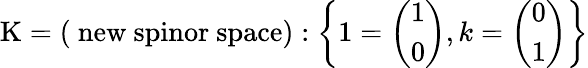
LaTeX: \mathrm{K=(~new~spinor~space)}:\left\{ 1=\left(\begin{array}{l}{{1}}\\ {{0}}\end{array}\right),k=\left(\begin{array}{l}{{0}}\\ {{1}}\end{array}\right)\right\}